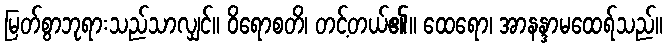
မြတ်စွာဘုရားသည်သာလျှင်။ ဝိရောစတိ၊ တင့်တယ်၏။ ထေရော၊ အာနန္ဒာမထေရ်သည်။